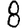
Digit: 8